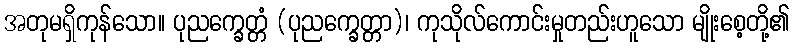
အတုမရှိကုန်သော။ ပုညက္ခေတ္တံ (ပုညက္ခေတ္တာ)၊ ကုသိုလ်ကောင်းမှုတည်းဟူသော မျိုးစေ့တို့၏